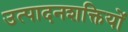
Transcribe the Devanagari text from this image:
उत्पादनशक्तियों